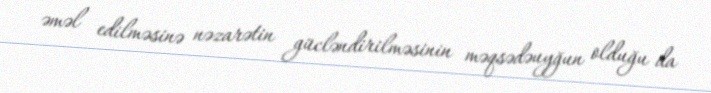
əməl edilməsinə nəzarətin gücləndirilməsinin məqsədəuyğun olduğu da